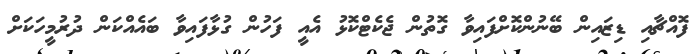
ފޮއްޗާއި ޑިޒައިން ބޭނުންކޮށްފައިވާ ގޮތުން ޖެކެޓްކޮޅު އެއީ ފަހުން ގުޅާފައިވާ ބައެއްކަން ދުރުމީހަކަށް